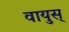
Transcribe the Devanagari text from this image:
वायुस्